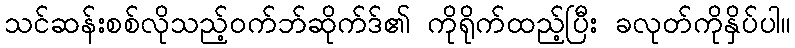
သင်ဆန်းစစ်လိုသည့်ဝက်ဘ်ဆိုက်ဒ်၏ ကိုရိုက်ထည့်ပြီး ခလုတ်ကိုနှိပ်ပါ။